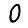
Digit: 0